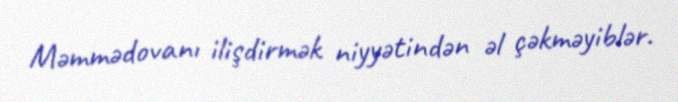
Məmmədovanı ilişdirmək niyyətindən əl çəkməyiblər.